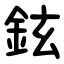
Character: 鉉